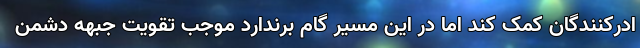
ادرکنندگان کمک کند اما در این مسیر گام برندارد موجب تقویت جبهه دشمن